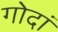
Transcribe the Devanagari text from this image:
गोदां